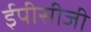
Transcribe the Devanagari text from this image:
ईपीसीजी